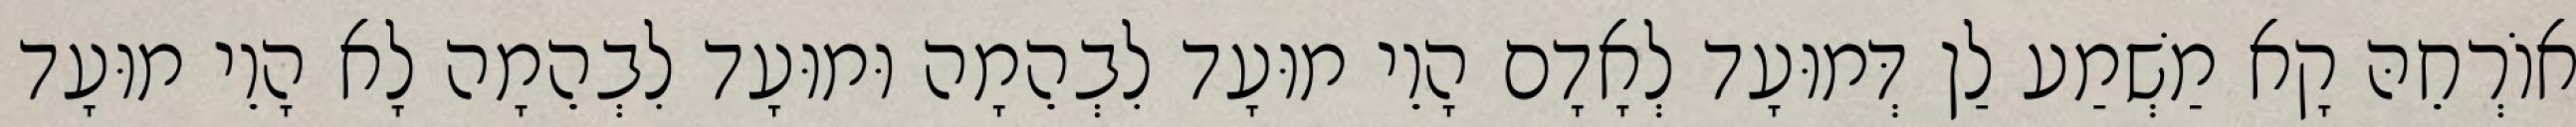
אוֹרְחֵהּ קָא מַשְׁמַע לַן דְּמוּעָד לְאָדָם הָוֵי מוּעָד לִבְהֵמָה וּמוּעָד לִבְהֵמָה לָא הָוֵי מוּעָד